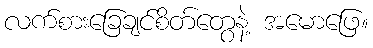
လက်စားခြေချင်စိတ်တွေနဲ့ အမောဖြေ။